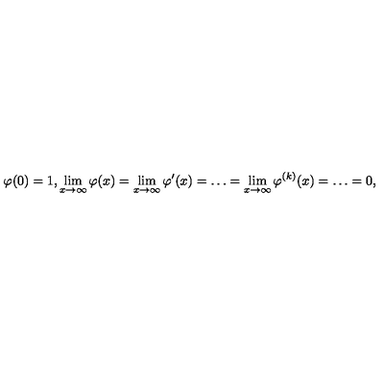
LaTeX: \varphi ( 0 ) = 1 , \lim _ { x \to \infty } \varphi ( x ) = \lim _ { x \to \infty } \varphi ^ { \prime } ( x ) = \ldots = \lim _ { x \to \infty } \varphi ^ { ( k ) } ( x ) = \ldots = 0 ,